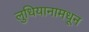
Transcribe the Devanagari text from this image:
लुधियानामधून